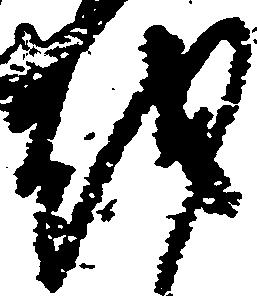
越